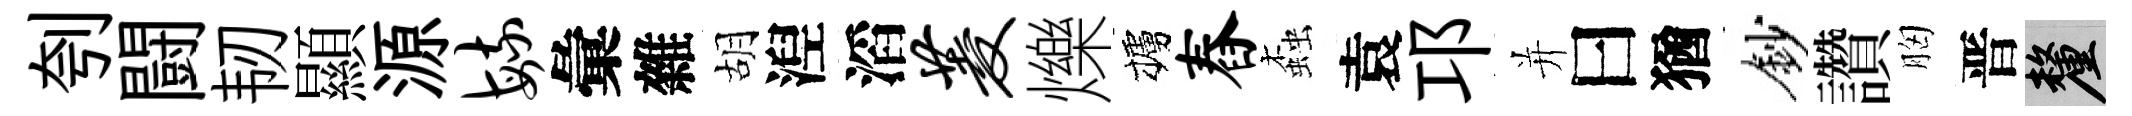
刳闘韧顯源毓彙雜胡湼滔菱爍櫨舂螙袁邛并曰猶鈔讚胸晋厘